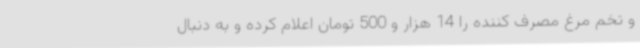
و تخم مرغ مصرف کننده را 14 هزار و 500 تومان اعلام کرده و به دنبال